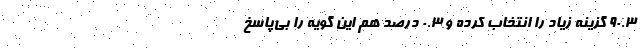
۹۰.۳ گزینه زیاد را انتخاب کرده و ۰.۳ درصد هم این گویه را بی‌پاسخ